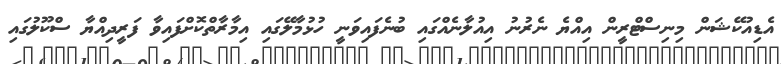
އެޑިއުކޭޝަން މިނިސްޓްރީން އިއްޔެ ނެރުނު އިއުލާނެއްގައި ބުނެފައިވަނީ ހުޅުމާލޭގައި އިމާރާތްކޮށްފައިވާ ފަރީދިއްޔާ ސްކޫލުގައި